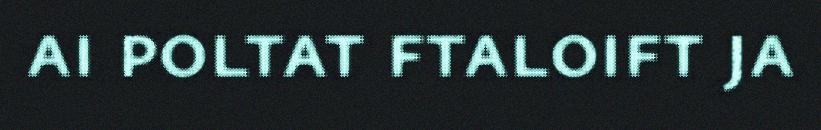
ai poltat ftaloift ja